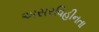
અસરવિહીનતા